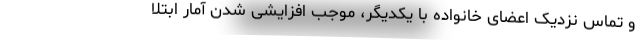
و تماس نزدیک اعضای خانواده با یکدیگر، موجب افزایشی شدن آمار ابتلا